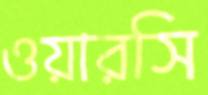
ওয়ারসি